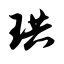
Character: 珙